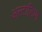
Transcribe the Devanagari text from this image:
अल्टाडिश